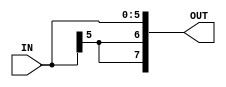
module IMM(IN, OUT);
	input [5:0]IN;
	
	output [7:0]OUT;
	
	wire [7:0]OUT;
	
	assign OUT[5:0] = IN[5:0];
	
	assign OUT[6] = IN[5];

	assign OUT[7] = IN[5];
endmodule